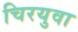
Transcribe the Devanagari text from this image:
चिरयुवा